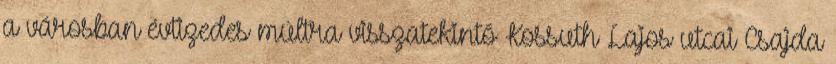
a városban évtizedes múltra visszatekintő Kossuth Lajos utcai Csajda